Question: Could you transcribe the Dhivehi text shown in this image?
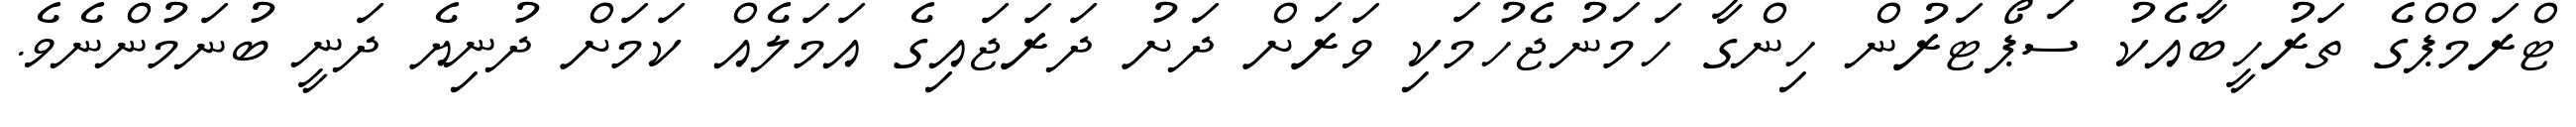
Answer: ޓްރަމްޕްގެ ތަރުހީބާއެކު ސަޕޯޓަރުން ހިންގާ ހަމަނުޖެހުމަކި ވަރަށް ދަށު ދަރަޖައިގެ އަމަލެއް ކަމަށް ދުނިޔެ ދަނީ ބުނަމުންނެވެ.